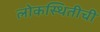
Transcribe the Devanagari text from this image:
लोकस्थितीची